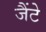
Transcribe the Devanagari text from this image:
जैंटे